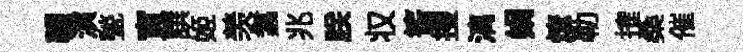
韈演甃寅譔姬羡翥兆朕𠬧筈搜漓娟燎勒搉桑催